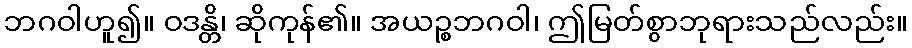
ဘဂဝါဟူ၍။ ဝဒန္တိ၊ ဆိုကုန်၏။ အယဉ္စဘဂဝါ၊ ဤမြတ်စွာဘုရားသည်လည်း။